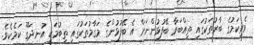
ވެރިކަމުގެ ބާރުތަކުގައި ތިއްބަވާ ބޭފުޅުންނަށް އެ ބޭފުޅުންގެ މަގާމުތަކުގައި ތިބުމަކީ އުނދަގޫ ކަމެކެވެ.